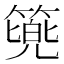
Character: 𮅷